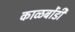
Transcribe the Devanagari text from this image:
काळबोंडी